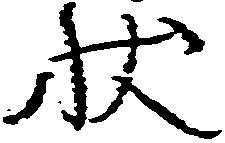
状